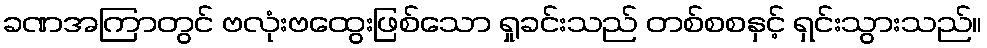
ခဏအကြာတွင် ဗလုံးဗထွေးဖြစ်သော ရှုခင်းသည် တစ်စစနှင့် ရှင်းသွားသည်။